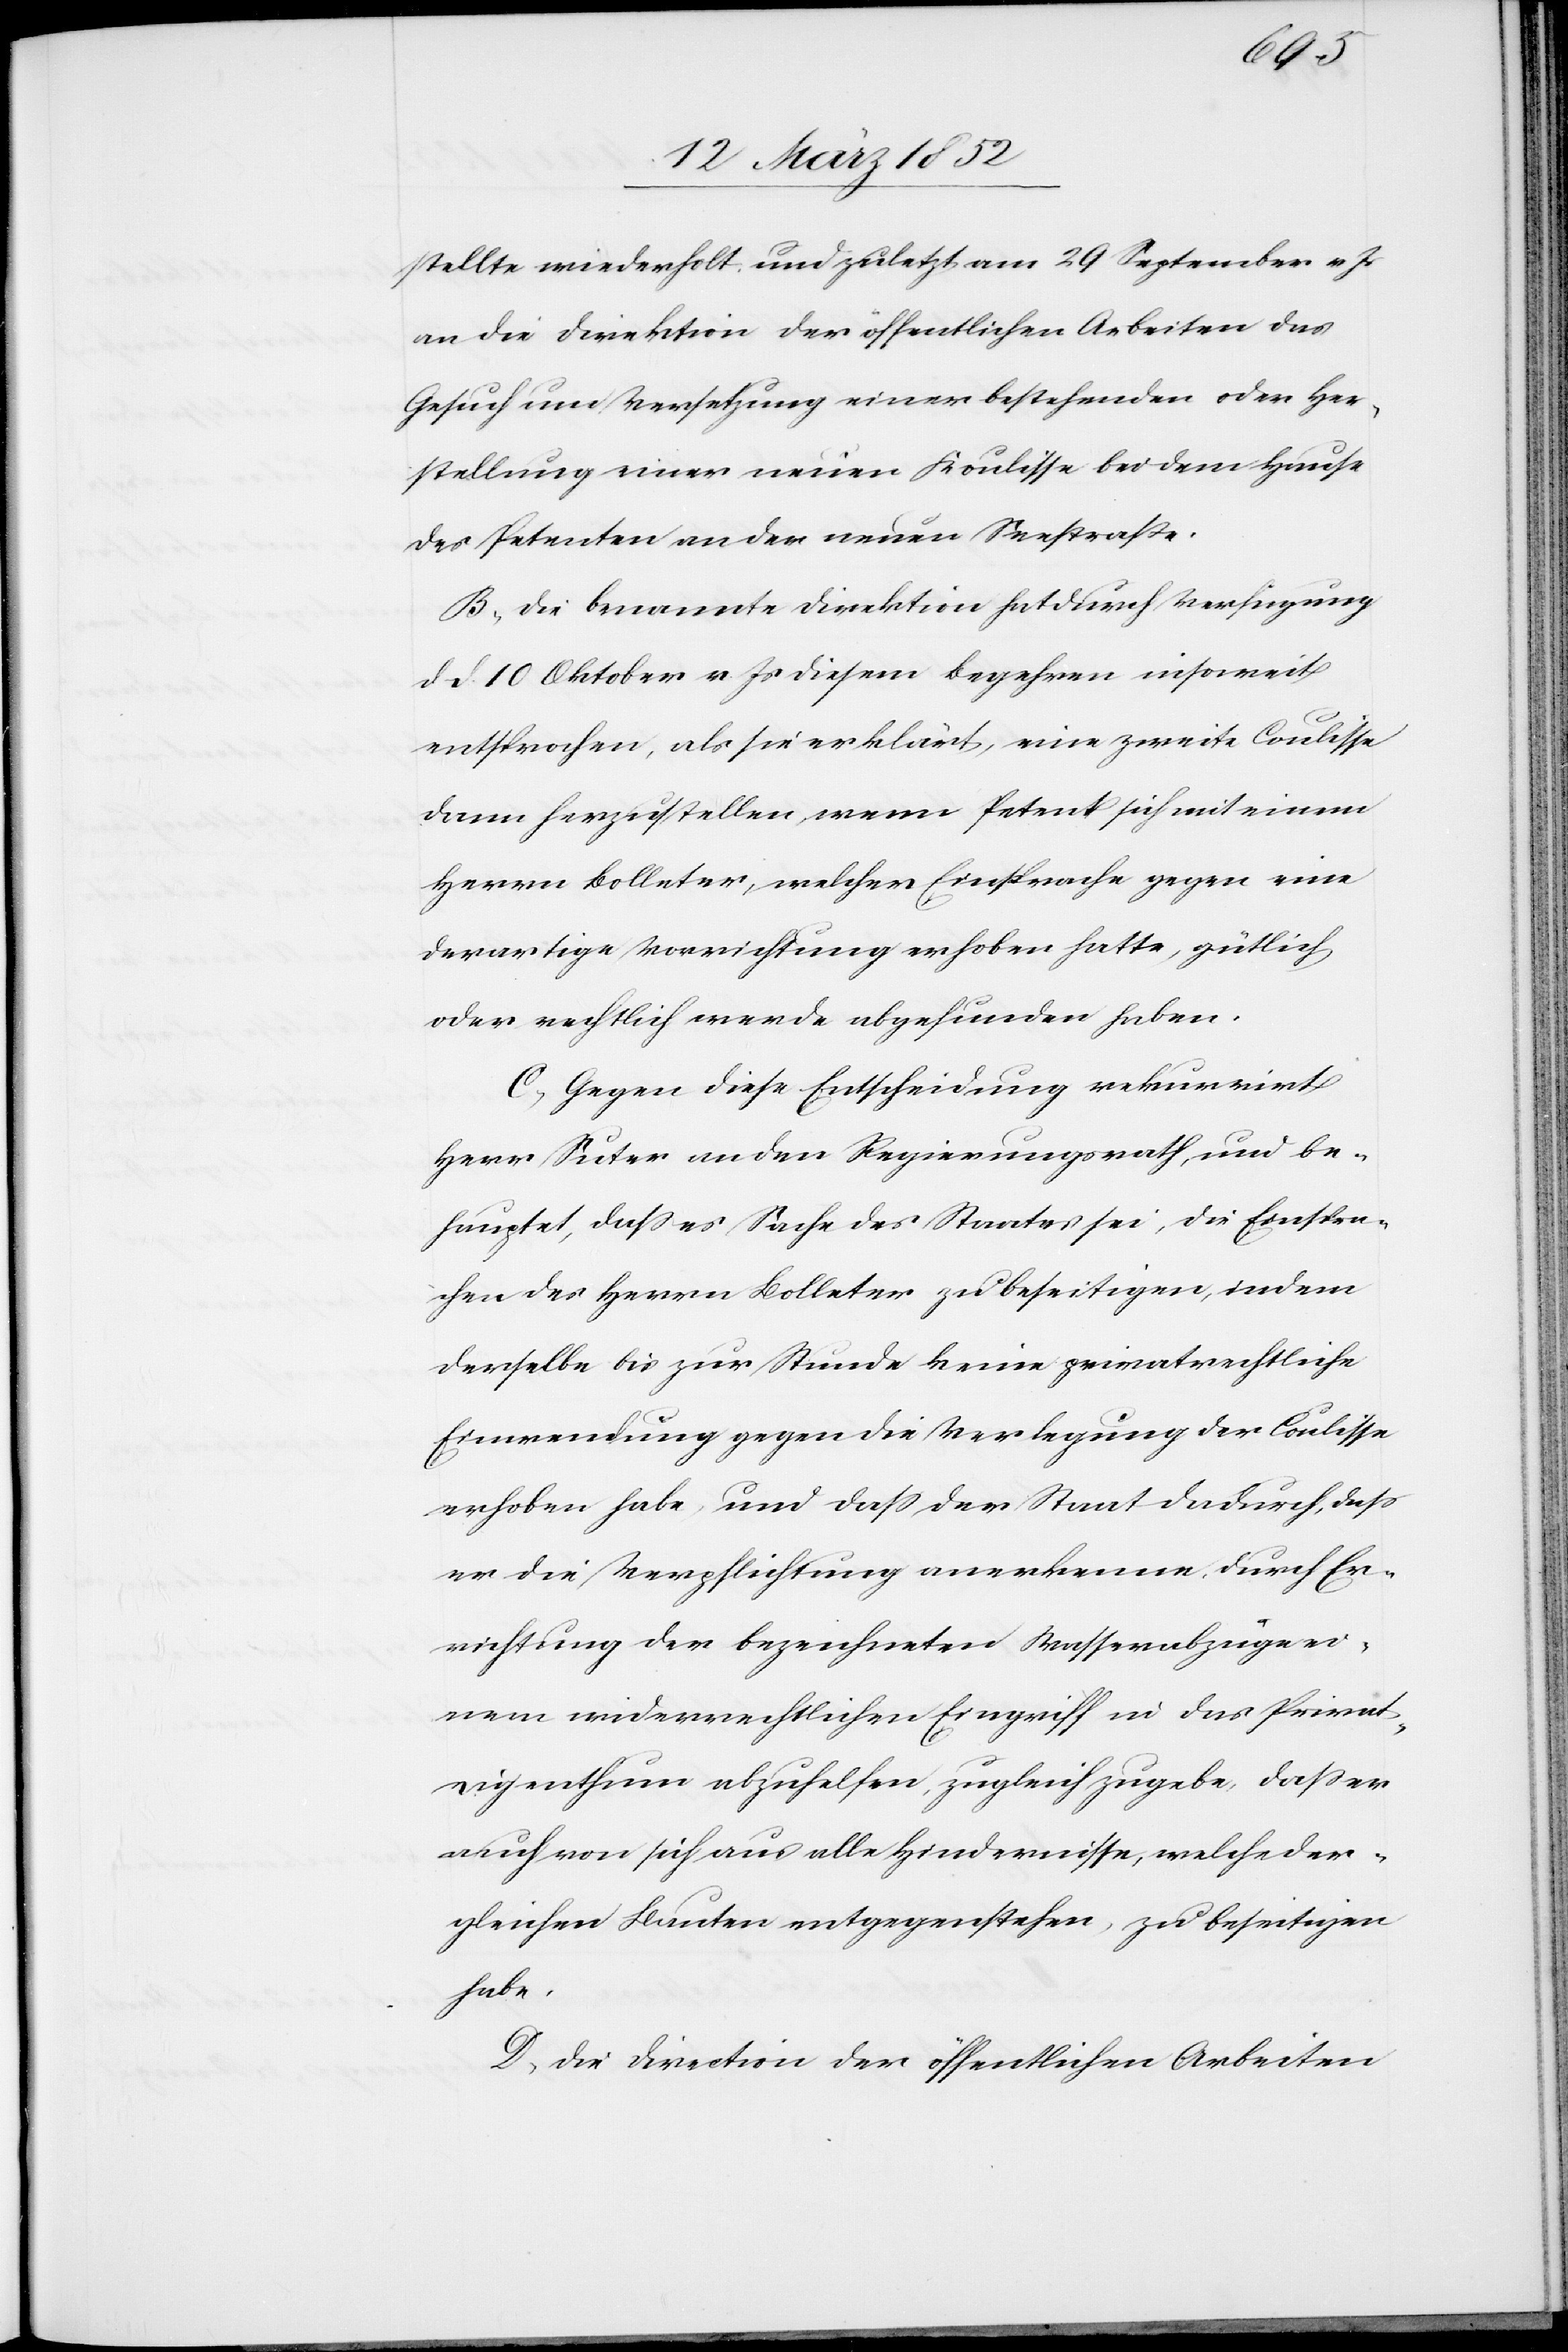
stellte wiederholt und zuletzt am 29 September v. Js
an die Direktion der öffentlichen Arbeiten das
Gesuch um Versetzung einer bestehenden oder Her¬
stellung einer neuen Koulisse bei dem Hause
des Petenten an der neuen Seestraße.
B. Die benannte Direktion hat durch Verfügung
dd. 10 Oktober v. Js diesem Begehren insoweit
entsprochen, als sie erklärt, eine zweite Coulisse
dann herzustellen, wenn Petent sich mit einem
Herrn Bolleter, welcher Einsprache gegen eine
derartige Vorrichtung erhoben hatte, gütlich
oder rechtlich werde abgefunden haben.
C. Gegen diese Entscheidung rekurrirt
Herr Suter an den Regierungsrath und be¬
hauptet, daß es Sache des Staates sei, die Einspra¬
chen des Herrn Bolleter zu beseitigen, indem
derselbe bis zur Stunde keine privatrechtliche
Einwendung gegen die Verlegung der Coulisse
erhoben habe und daß der Staat dadurch, daß
er die Verpflichtung anerkenne, durch Er¬
richtung der bezeichneten Wasserabzüge ei¬
nem widerrechtlichen Eingriff in das Privat¬
eigenthum abzuhelfen, zugleich zugebe, daß er
auch von sich aus alle Hindernisse, welche der¬
gleichen Bauten entgegenstehen, zu beseitigen
habe.
D. Die Direction der öffentlichen Arbeiten